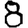
Digit: 8